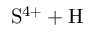
\mathrm { S ^ { 4 + } + H }